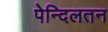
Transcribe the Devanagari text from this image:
पेन्दिलतन